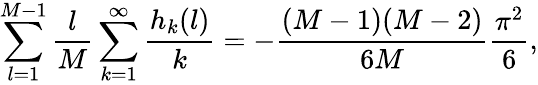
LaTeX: \sum_{l=1}^{M-1}{\frac{l}{M}}\sum_{k=1}^{\infty}{\frac{h_{k}(l)}{k}}=-{\frac{(M-1)(M-2)}{6M}}{\frac{\pi^{2}}{6}},